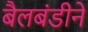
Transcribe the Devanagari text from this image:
बैलबंडीने